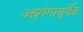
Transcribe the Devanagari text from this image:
अष्टांगायुर्वेद